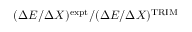
( \Delta E / \Delta X ) ^ { \mathrm { e x p t } } / ( \Delta E / \Delta X ) ^ { \mathrm { T R I M } }